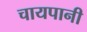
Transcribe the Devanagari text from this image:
चायपानी